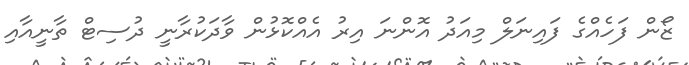
ޒޯން ފަހެއްގެ ފައިނަލް މިއަދު އޮންނަ އިރު އެއްކޮޅުން ވާދަކުރާނީ ދުސިޓް ތާނީއާއި